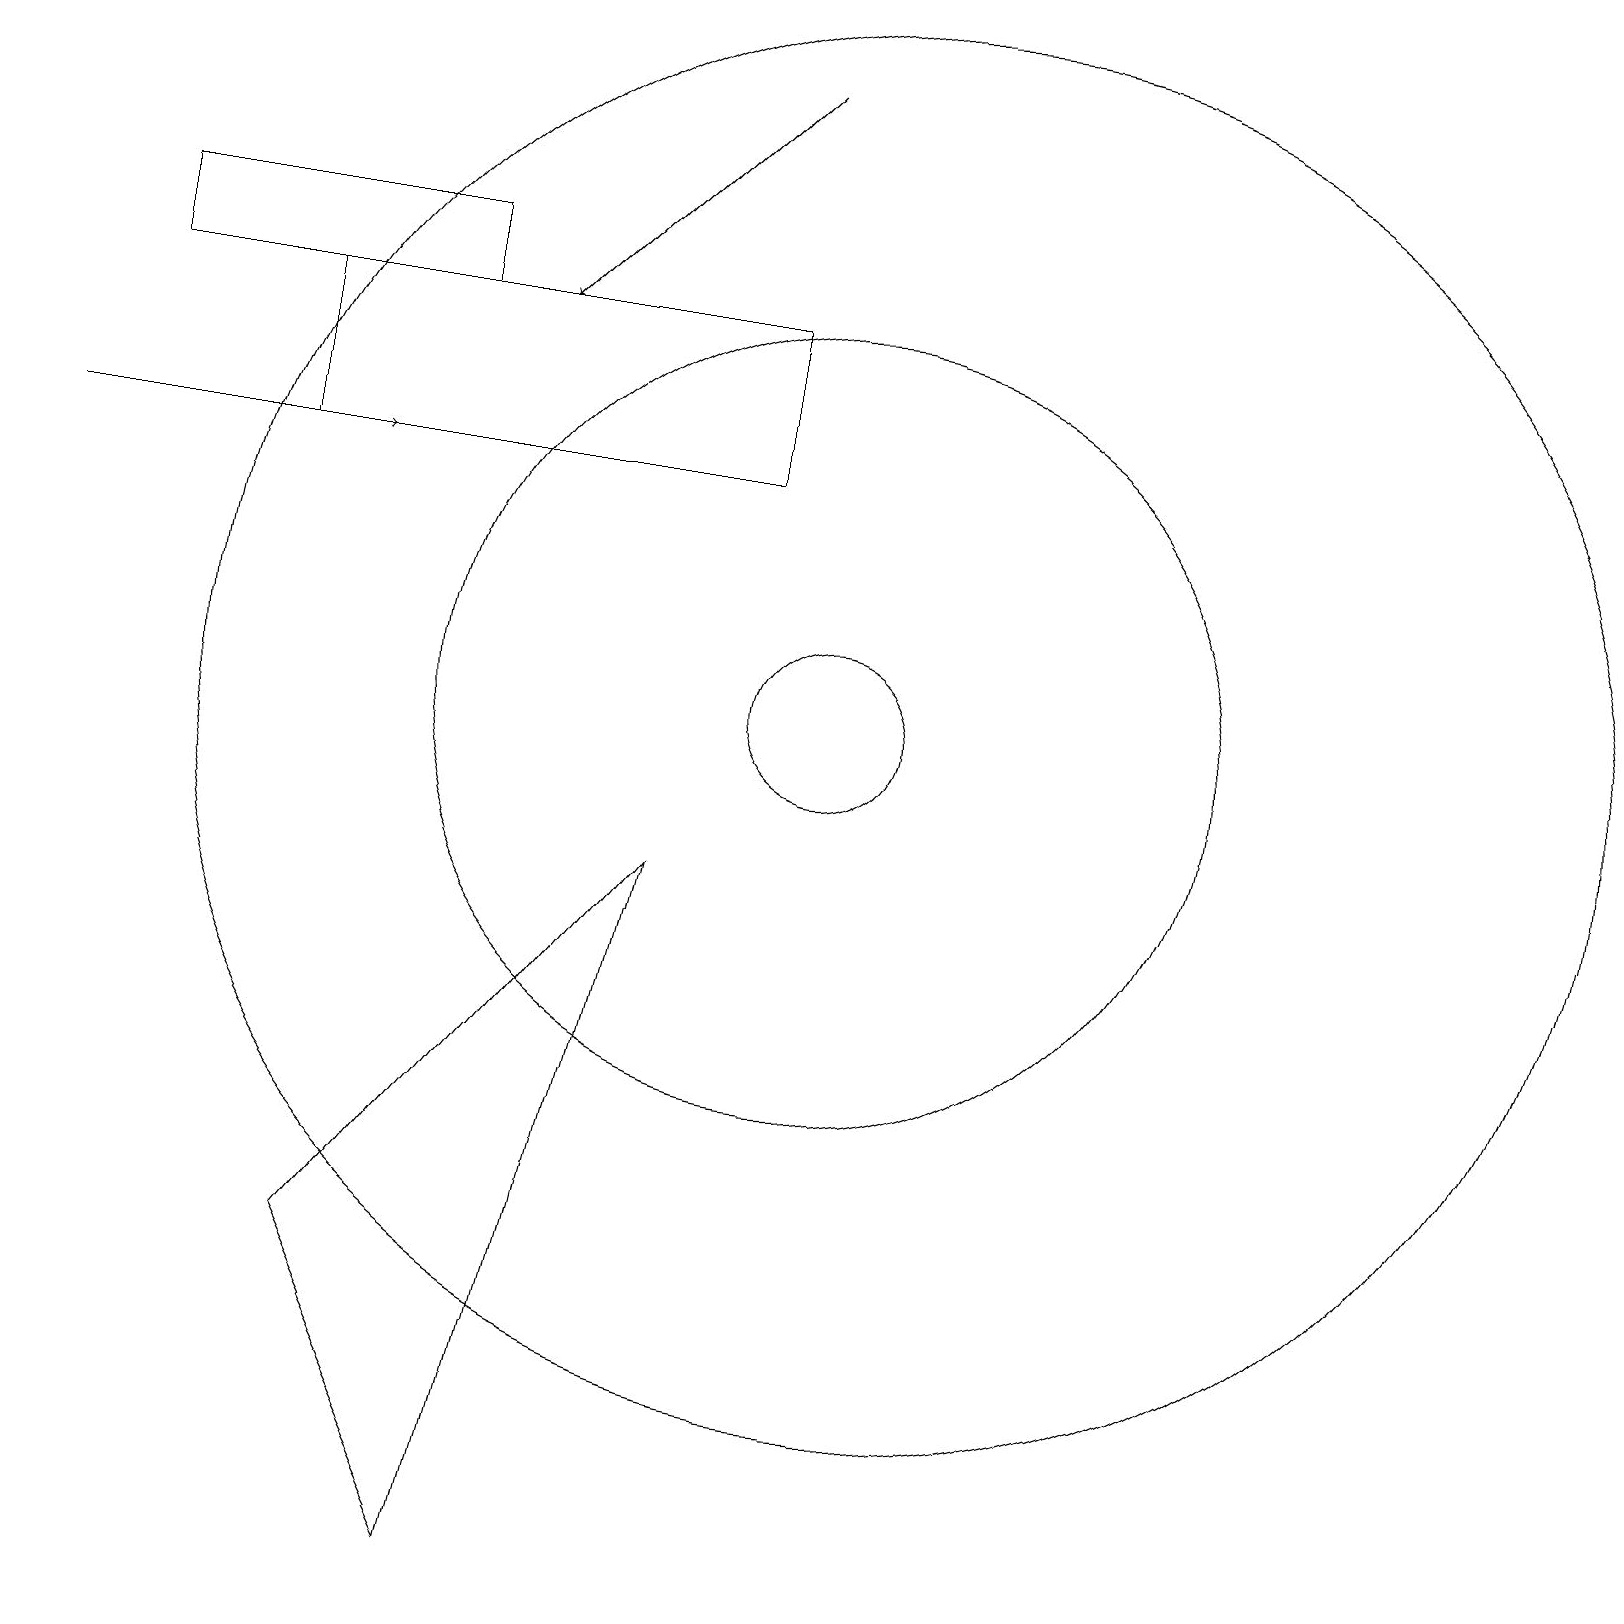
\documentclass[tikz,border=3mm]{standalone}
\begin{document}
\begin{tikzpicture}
\draw[->] (9,19) -- (6,16);
\draw (10,11) circle (5);
\draw (10,11) circle (1);
\draw (8,9) -- (4,4) -- (6,0) -- cycle;
\draw (11,11) circle (9);
\draw (1,16) rectangle (5,17);
\draw[->] (0,14) -- (4,14);
\draw (3,14) rectangle (9,16);
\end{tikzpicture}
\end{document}